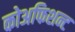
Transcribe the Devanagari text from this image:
कोअफिशन्ट